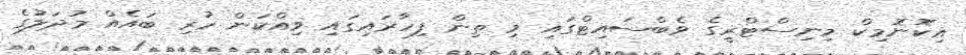
އިކޮނޮމިކް މިނިސްޓްރީގެ ވެބްސައިޓްގައި މި ތިން ފިހާރައިގައި ވިއްކަން ހުރި ބައެއް މުދަލުގެ